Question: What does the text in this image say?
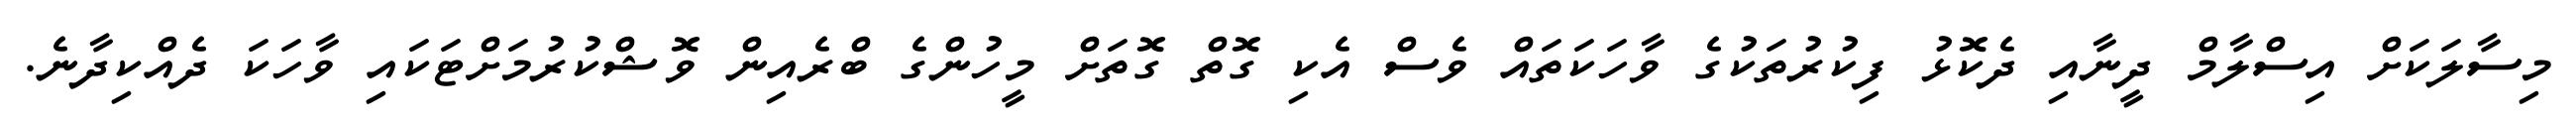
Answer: މިސާލަކަށް އިސްލާމް ދީނާއި ދެކޮޅު ފިކުރުތަކުގެ ވާހަކަތައް ވެސް އެކި ގޮތް ގޮތަށް މީހުންގެ ބްރެއިން ވޮޝްކުރުމަށްޓަކައި ވާހަކަ ދެއްކިދާނެ.